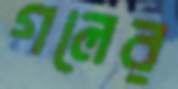
গলের